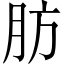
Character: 肪